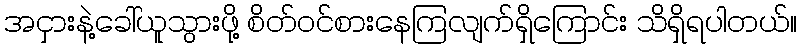
အငှားနဲ့ခေါ်ယူသွားဖို့ စိတ်ဝင်စားနေကြလျက်ရှိကြောင်း သိရှိရပါတယ်။